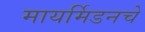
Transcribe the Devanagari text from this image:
मायर्मिडनचे